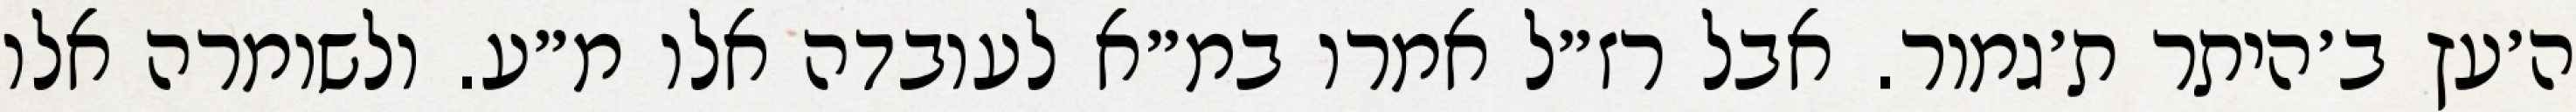
ה׳עץ ב׳היתר ת׳גמור. אבל רז״ל אמרו במ״א לעובדה אלו מ״ע. ולשומרה אלו